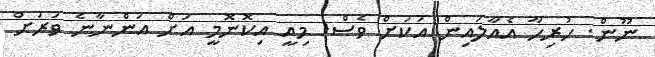
ނޫން. ހުރިހާ އެއާލައިން އަކަށް ވެސް. މިއީ އިކޮނޮމީ އަށް އަންނާނެ ވަރަށް